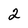
Character: 2